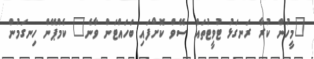
"މީހުން ކުރާ ރަނގަޅު ޓުވީޓުތައް ސޭވް ކޮށްފައި ބަހައްޓަން ވާނެ" ކެމްޕޭން ހިނގަމުން